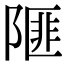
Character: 𨻃